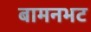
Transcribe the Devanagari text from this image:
बामनभट